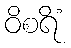
ဝိစရိံ